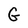
Character: G